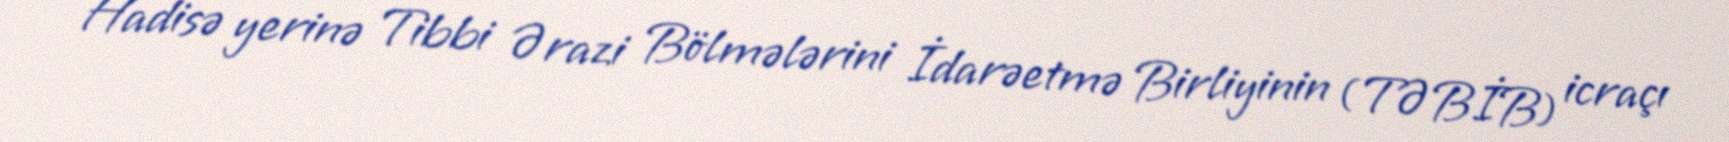
Hadisə yerinə Tibbi Ərazi Bölmələrini İdarəetmə Birliyinin (TƏBİB) icraçı